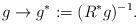
LaTeX: \begin{gather*}g \to g^*:=(R^*g)^{-1}.\end{gather*}